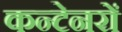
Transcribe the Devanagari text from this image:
कन्टेनरों